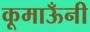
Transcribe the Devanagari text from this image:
कूमाऊँनी